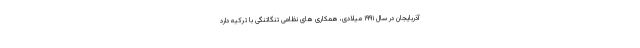
آذربایجان در سال ۱۹۹۱ میلادی، همکاری های نظامی تنگاتنگی با ترکیه دارد